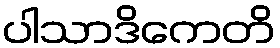
ပါသာဒိကေတိ